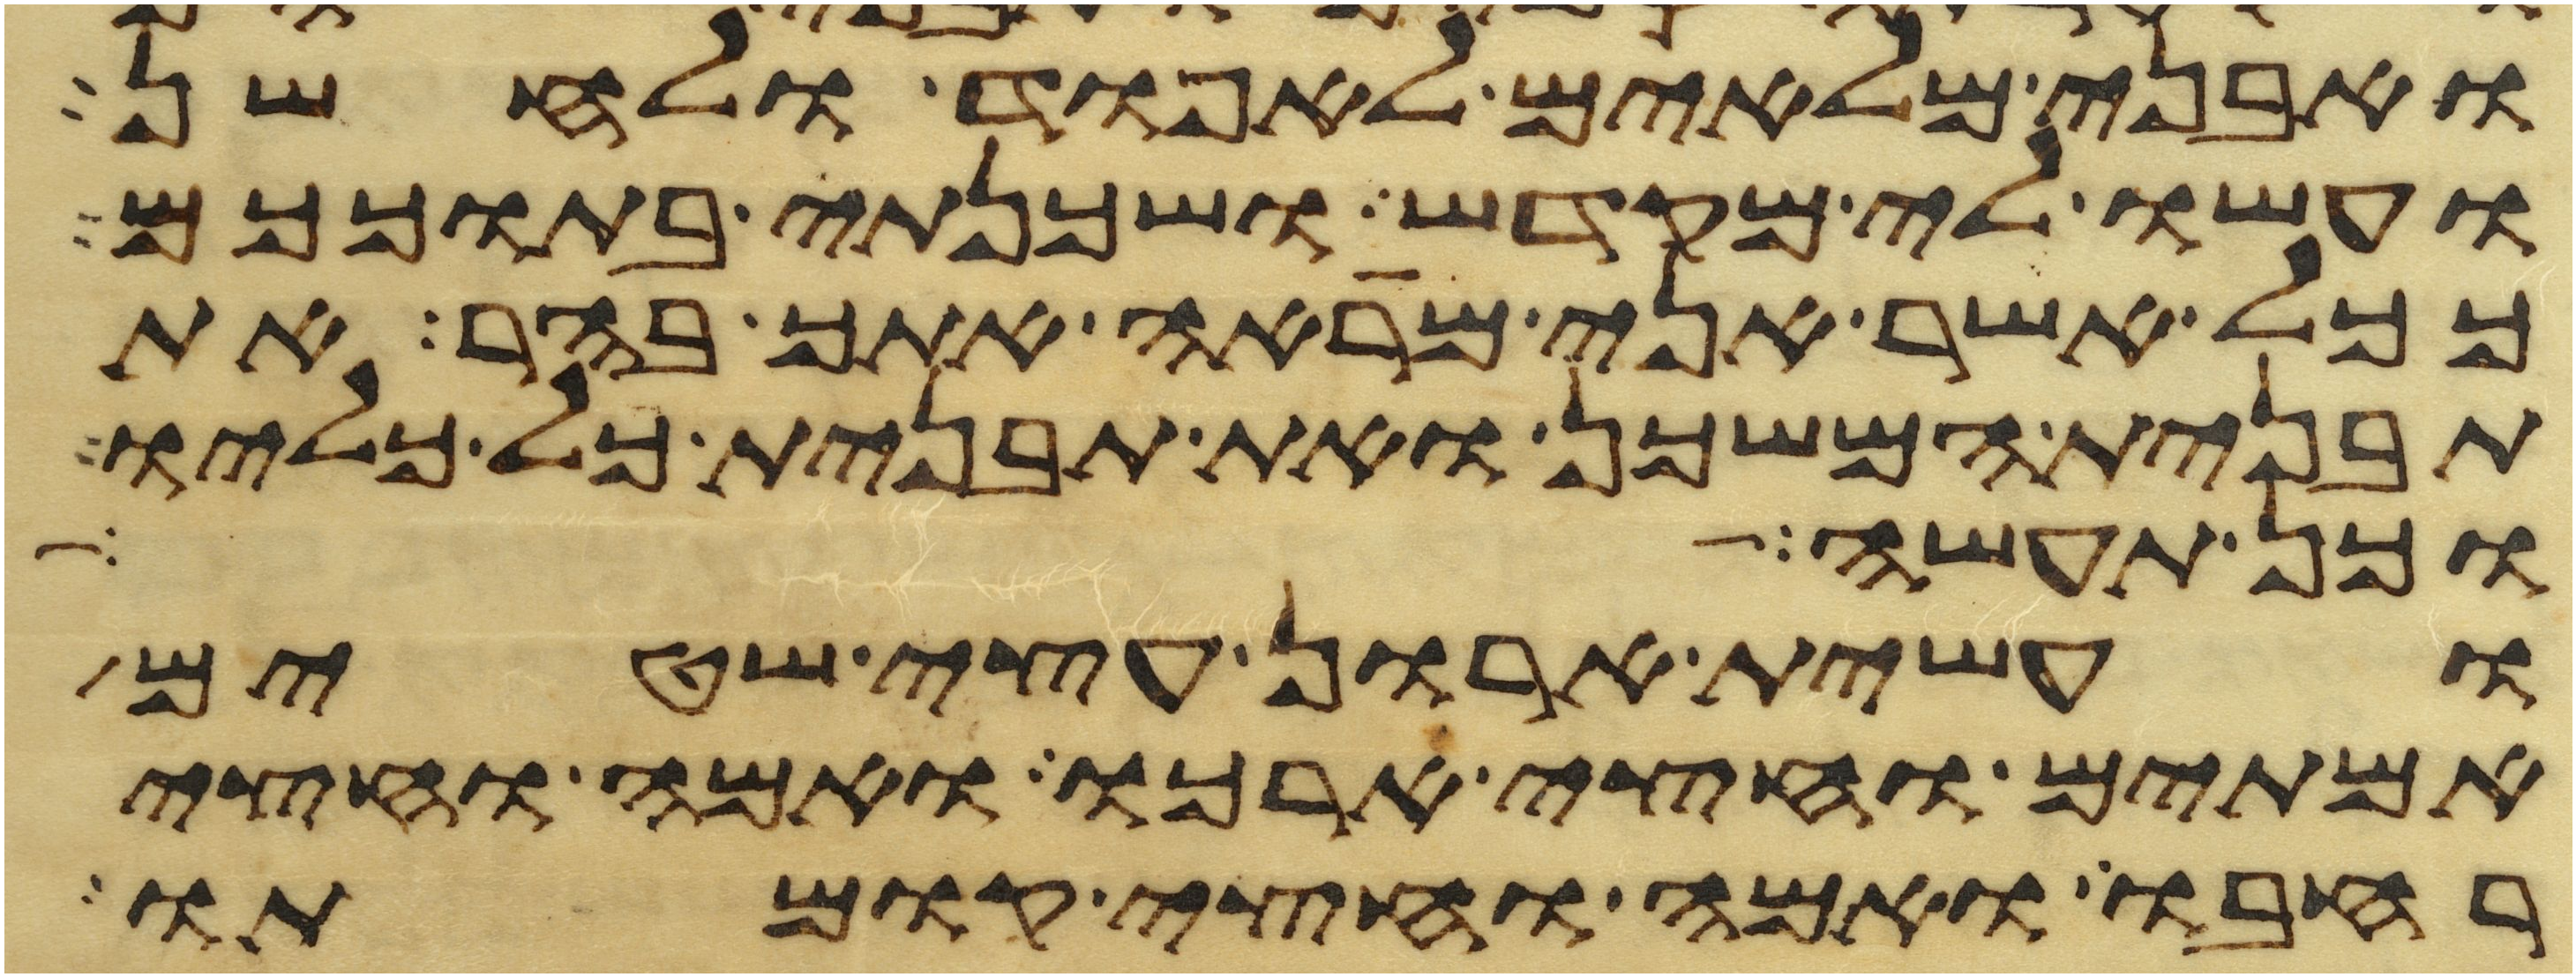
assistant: ואבני מלאים לאפוד ולחשן
ועשו לי מקדש ושכנתי בתוככם
ככל אשר אני מראה אתך בהר את
תבנית המשכן ואת תבנית כל כליו
וכן תעשה
ועשית ארון עצי שטים
אמתים וחצי ארכו ואמה וחצי
רחבו ואמה וחצי קומתו